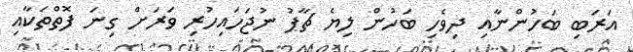
އަރަބި ބަހުންނާއި ދިވެހި ބަހުން ލިޔެ ޗާޕު ނުޖަހައިހުރި ވަރަށް ގިނަ ފޮތްތަކާއި